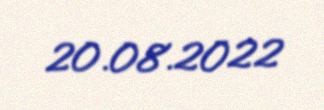
20.08.2022